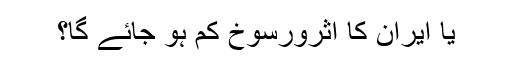
یا ایران کا اثرورسوخ کم ہو جائے گا؟